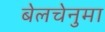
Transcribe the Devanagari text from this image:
बेलचेनुमा